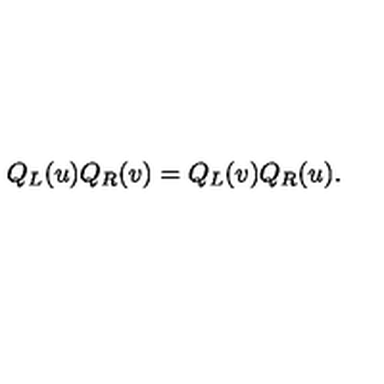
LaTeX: Q _ { L } ( u ) Q _ { R } ( v ) = Q _ { L } ( v ) Q _ { R } ( u ) .